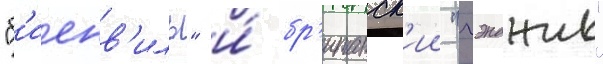
"б'иенв'иль" и́ бр'итанск'ии "гэнджис"